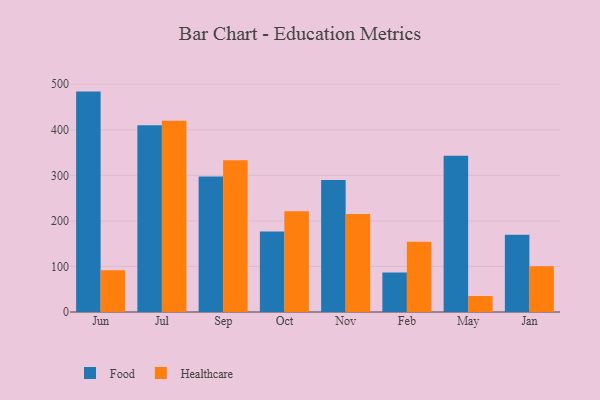
{"axis": {"x": "Month", "y": "Headcount"}, "legend": ["Food", "Healthcare"], "data": [{"x": "Jun", "y": 483.9, "type": "Food"}, {"x": "Jun", "y": 91.7, "type": "Healthcare"}, {"x": "Jul", "y": 410.1, "type": "Food"}, {"x": "Jul", "y": 419.8, "type": "Healthcare"}, {"x": "Sep", "y": 297.3, "type": "Food"}, {"x": "Sep", "y": 333.3, "type": "Healthcare"}, {"x": "Oct", "y": 176.6, "type": "Food"}, {"x": "Oct", "y": 221.3, "type": "Healthcare"}, {"x": "Nov", "y": 289.9, "type": "Food"}, {"x": "Nov", "y": 215.1, "type": "Healthcare"}, {"x": "Feb", "y": 86.6, "type": "Food"}, {"x": "Feb", "y": 154.2, "type": "Healthcare"}, {"x": "May", "y": 342.8, "type": "Food"}, {"x": "May", "y": 35.1, "type": "Healthcare"}, {"x": "Jan", "y": 169.8, "type": "Food"}, {"x": "Jan", "y": 100.2, "type": "Healthcare"}]}